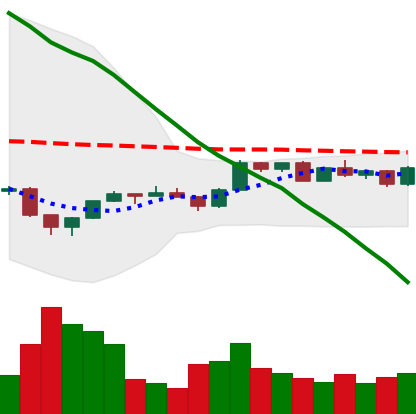
Ticker: ETH-USD
Chart end date: 2022-12-08
Forward return: 3.078%
Label: up_3_5